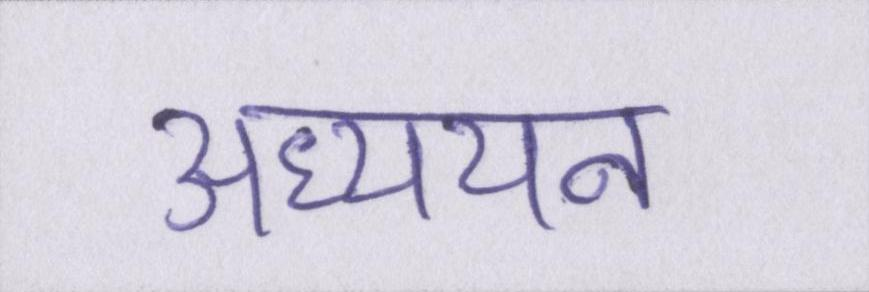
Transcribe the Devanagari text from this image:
अध्ययन